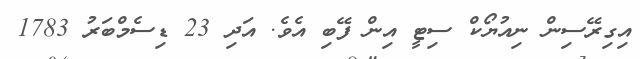
އިގިރޭސިން ނިއުޔޯކް ސިޓީ އިން ފޭބި އެވެ. އަދި 23 ޑިސެމްބަރު 1783